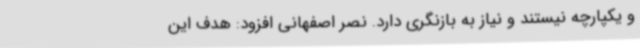
و یکپارچه نیستند و نیاز به بازنگری دارد. نصر اصفهانی افزود: هدف این